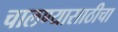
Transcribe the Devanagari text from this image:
चालण्यासाठीचा